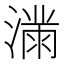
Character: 𫞜